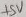
Text: +5V